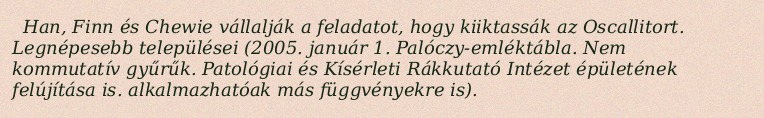
Han, Finn és Chewie vállalják a feladatot, hogy kiiktassák az Oscallitort. Legnépesebb települései (2005. január 1. Palóczy-emléktábla. Nem kommutatív gyűrűk. Patológiai és Kísérleti Rákkutató Intézet épületének felújítása is. alkalmazhatóak más függvényekre is).